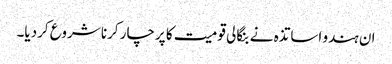
ان ہندو اساتذہ نے بنگالی قومیت کا پرچار کرنا شروع کردیا۔